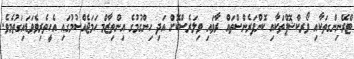
ޓްރޭނިންގތަކާއި ވޯރކްޝޮޕްތަކާއި ކޮންފަރެންސްތައް ރާވައި ވިލަރެސްކޮށް އަދި ހިންގުމުގެ އިންތިޒާމް ހަމަޖެއްސުމުގައި އެހީތެރިވެވަޑައިގަތުމެވެ.